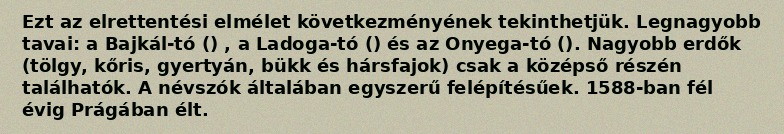
Ezt az elrettentési elmélet következményének tekinthetjük. Legnagyobb tavai: a Bajkál-tó () , a Ladoga-tó () és az Onyega-tó (). Nagyobb erdők (tölgy, kőris, gyertyán, bükk és hársfajok) csak a középső részén találhatók. A névszók általában egyszerű felépítésűek. 1588-ban fél évig Prágában élt.